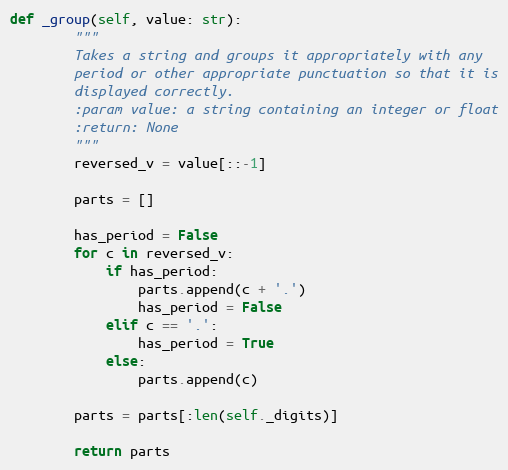
Language: Python
def _group(self, value: str):
        """
        Takes a string and groups it appropriately with any
        period or other appropriate punctuation so that it is
        displayed correctly.
        :param value: a string containing an integer or float
        :return: None
        """
        reversed_v = value[::-1]

        parts = []

        has_period = False
        for c in reversed_v:
            if has_period:
                parts.append(c + '.')
                has_period = False
            elif c == '.':
                has_period = True
            else:
                parts.append(c)

        parts = parts[:len(self._digits)]

        return parts